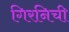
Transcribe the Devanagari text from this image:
गिरनिची